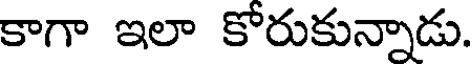
కాగా ఇలా కోరుకున్నాడు.